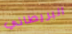
البريطاني